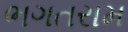
ભગતરામ